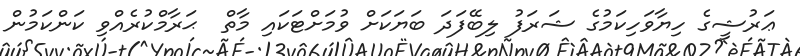
ޢަރުޝީގެ ހިޔާވަހިކަމުގެ ޝަރަފު ލިބޭފަދަ ބަޔަކަށް ވުމަށްޓަކައި މާތް  ޙަރާމްކުރެއްވި ކަންކަމުން